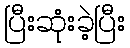
ပြီးဆုံးခဲ့ပြီး